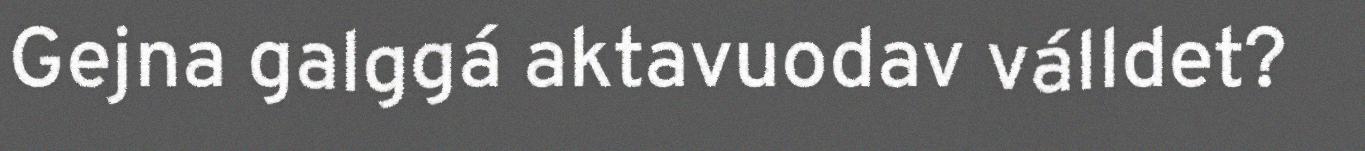
Gejna galggá aktavuodav válldet?